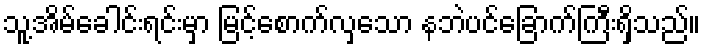
သူ့အိမ်ခေါင်းရင်းမှာ မြင့်စောက်လှသော နဘဲပင်ခြောက်ကြီးရှိသည်။